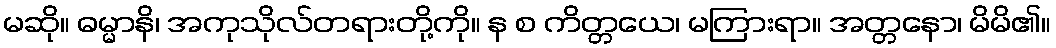
မဆို။ ဓမ္မာနိ၊ အကုသိုလ်တရားတို့ကို။ န စ ကိတ္တယေ၊ မကြားရာ။ အတ္တနော၊ မိမိ၏။